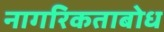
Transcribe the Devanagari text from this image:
नागरिकताबोध